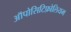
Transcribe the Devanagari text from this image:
ऑपोसिटिफ़ोलियम